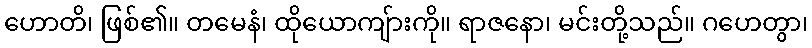
ဟောတိ၊ ဖြစ်၏။ တမေနံ၊ ထိုယောကျ်ားကို။ ရာဇနော၊ မင်းတို့သည်။ ဂဟေတွာ၊